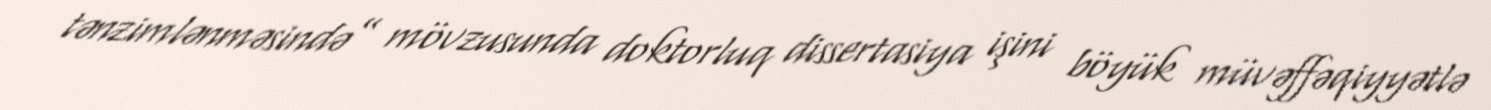
tənzimlənməsində” mövzusunda doktorluq dissertasiya işini böyük müvəffəqiyyətlə